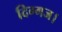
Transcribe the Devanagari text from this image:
दिग्गज।